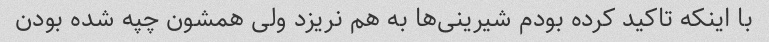
با اینکه تاکید کرده بودم شیرینی‌ها به هم نریزد ولی همشون چپه شده بودن